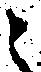
之